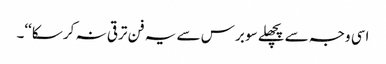
اسی وجہ سے پچھلے سو برس سے یہ فن ترقی نہ کر سکا‘‘۔